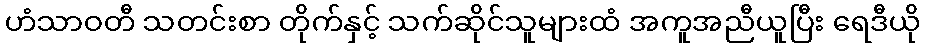
ဟံသာဝတီ သတင်းစာ တိုက်နှင့် သက်ဆိုင်သူများထံ အကူအညီယူပြီး ရေဒီယို